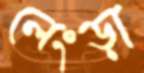
লেংড়া